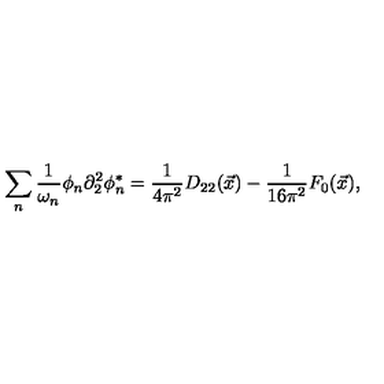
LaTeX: \sum _ { n } \frac { 1 } { \omega _ { n } } \phi _ { n } \partial _ { 2 } ^ { 2 } \phi _ { n } ^ { * } = \frac { 1 } { 4 \pi ^ { 2 } } D _ { 2 2 } ( \vec { x } ) - \frac { 1 } { 1 6 \pi ^ { 2 } } F _ { 0 } ( \vec { x } ) ,